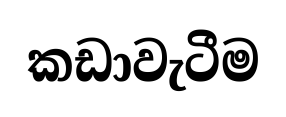
කඩාවැටීම